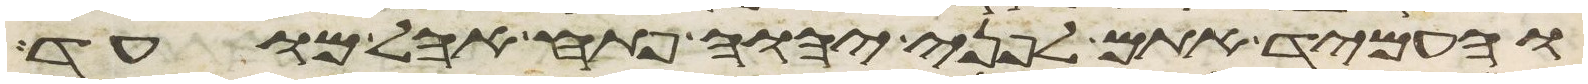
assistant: והעמיד אתם לפני יהוה פתח אהל מועד